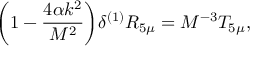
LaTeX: \bigg ( 1 - \frac { 4 \alpha k ^ { 2 } } { M ^ { 2 } } \bigg ) \delta ^ { ( 1 ) } R _ { 5 \mu } = M ^ { - 3 } T _ { 5 \mu } , \,